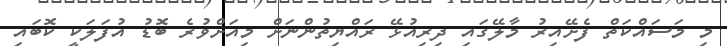
މި މަސައްކަތް ފެށޭއިރު މާލޭގައި ދިރިއުޅޭ ރައްޔިތުންނަށް މިއަށްވުރެ ބޮޑު އުފަލަކީ ކޮބައި